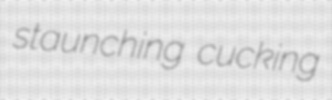
staunching cucking